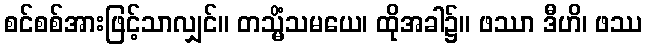
စင်စစ်အားဖြင့်သာလျှင်။ တသ္မိံသမယေ၊ ထိုအခါ၌။ ဖဿာ ဒီဟိ၊ ဖဿ